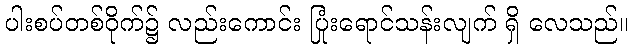
ပါးစပ်တစ်ဝိုက်၌ လည်းကောင်း ပြုံးရောင်သန်းလျက် ရှိ လေသည်။